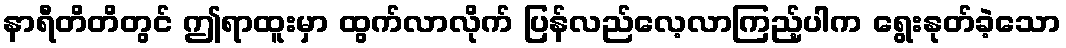
နာရီတိတိတွင် ဤရာထူးမှာ ထွက်လာလိုက် ပြန်လည်လေ့လာကြည့်ပါက ရွေးနုတ်ခဲ့သော